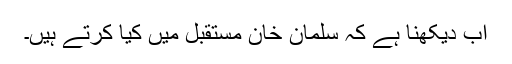
اب دیکھنا ہے کہ سلمان خان مستقبل میں کیا کرتے ہیں۔